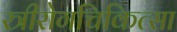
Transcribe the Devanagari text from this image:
स्त्रीरोगचिकित्सा